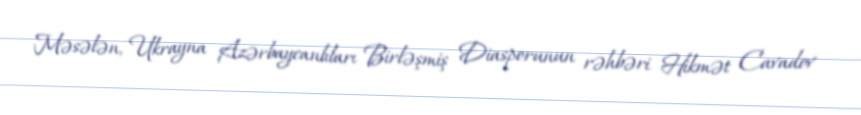
Məsələn, Ukrayna Azərbaycanlıları Birləşmiş Diasporunun rəhbəri Hikmət Cavadov